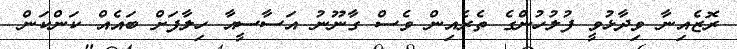
ރޮޒެއިނާ ވިދާޅުވީ ފުލުހުންގެ ތެރެއިން ވެސް ގާނޫނު އަސާސީއާ ހިލާފަށް ބައެއް ކަންކަން